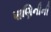
પાણિનીની